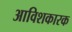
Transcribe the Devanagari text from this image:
आविशकारक